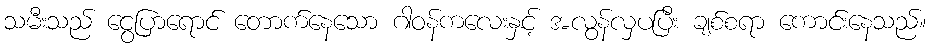
သမီးသည် ငွေပြာရောင် တောက်နေသော ဂါဝန်ကလေးနှင့် အလွန်လှပပြီး ချစ်စရာ ကောင်းနေသည်။